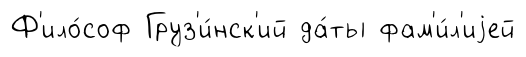
Ф'ило́соф Груз'и́нск'ий да́ты фам'и́л'иjей